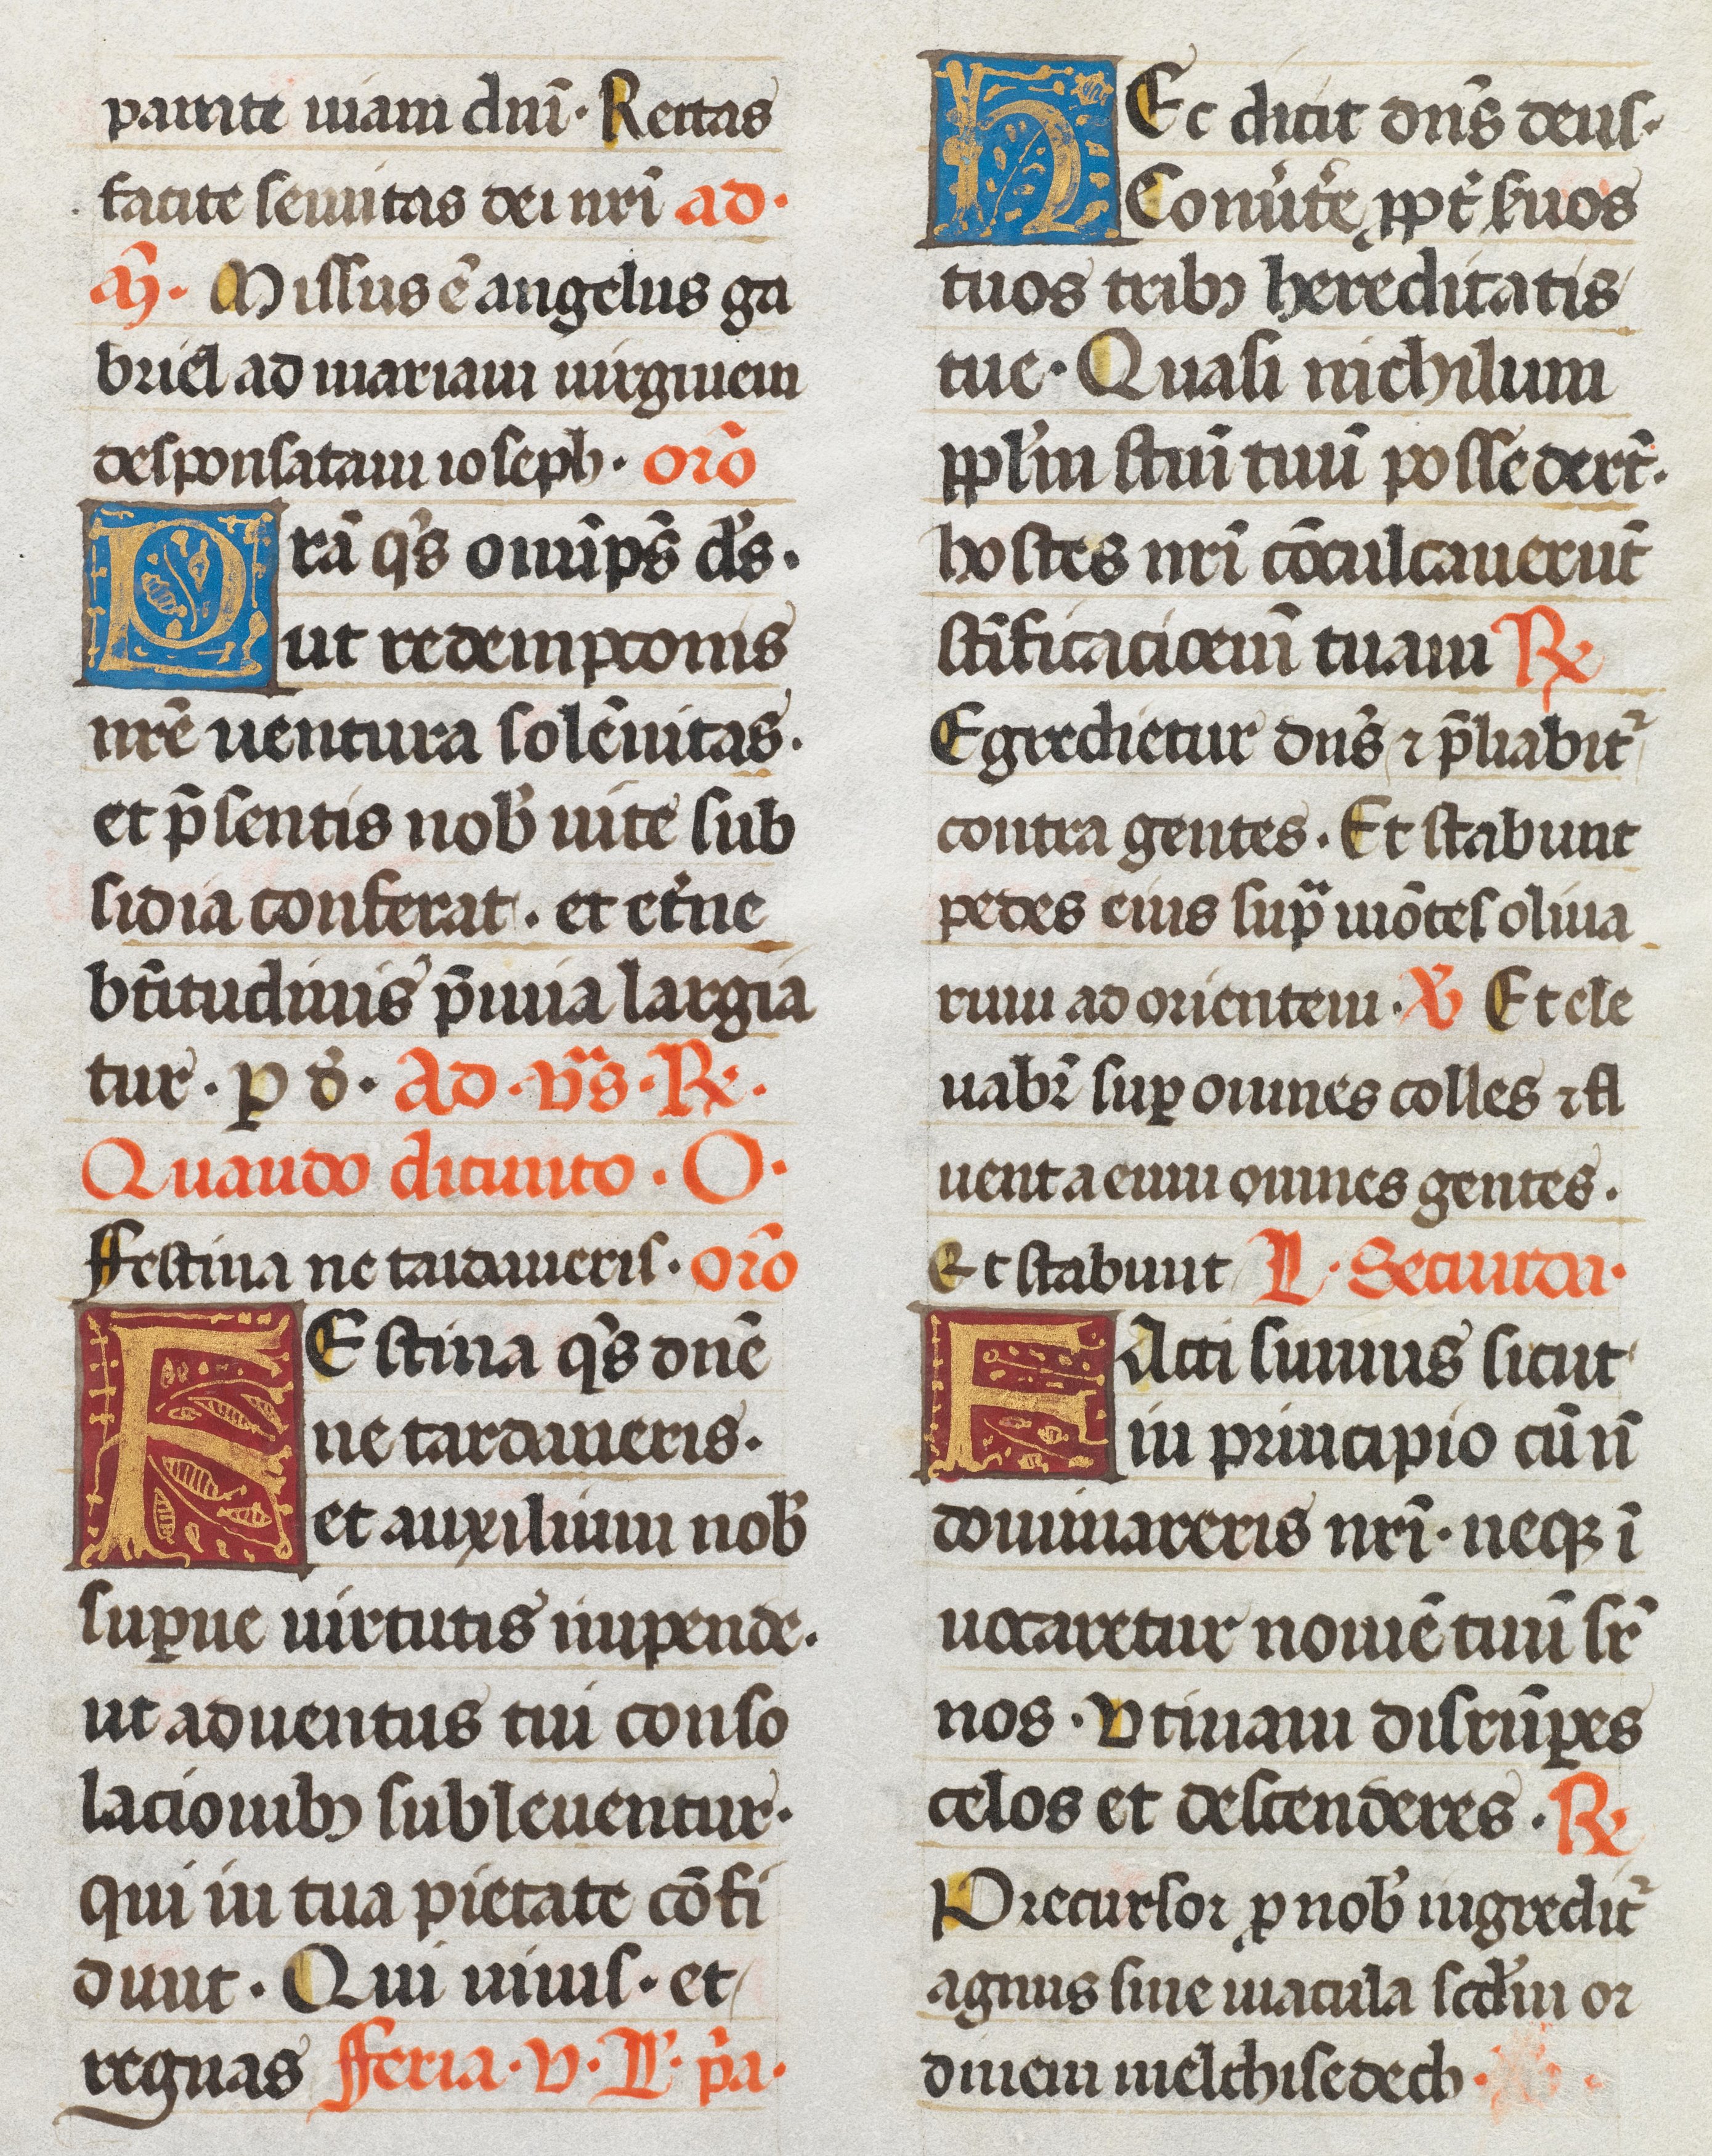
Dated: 1493–1493